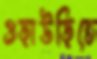
ওড়াউড়িতে